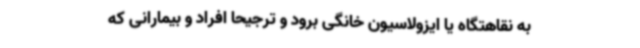
به نقاهتگاه یا ایزولاسیون خانگی برود و ترجیحا افراد و بیمارانی که